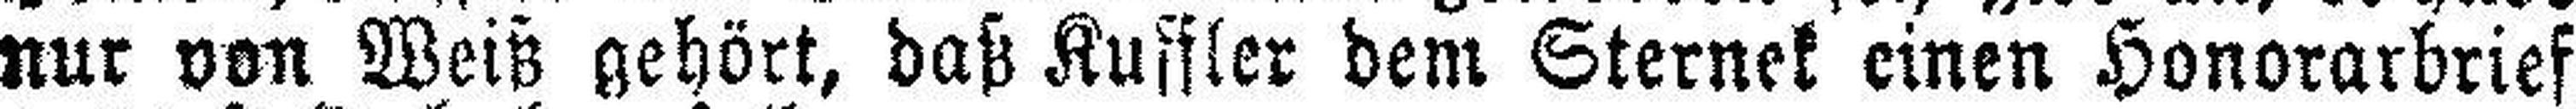
nur von Weiß gehört, daß Kuffler dem Sternek einen Honorarbrief